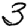
Digit: 3